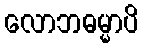
လောဘဓမ္မာပိ